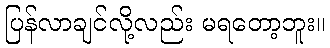
ပြန်လာချင်လို့လည်း မရတော့ဘူး။